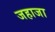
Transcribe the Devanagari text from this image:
जहाजा